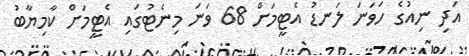
އަދި ނިއުގެ ހަވަނަ ލަނޑު އެޓީމަށް 68 ވަނަ މިނެޓުގައި އެޓީމަށް ކާމިޔާބު